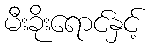
မီးခိုးရောင်နှင့်